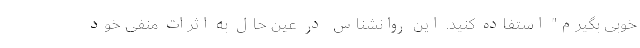
خوبی بگیرم" استفاده کنید. این روانشناس در عین حال به اثرات منفی خود